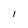
Character: l